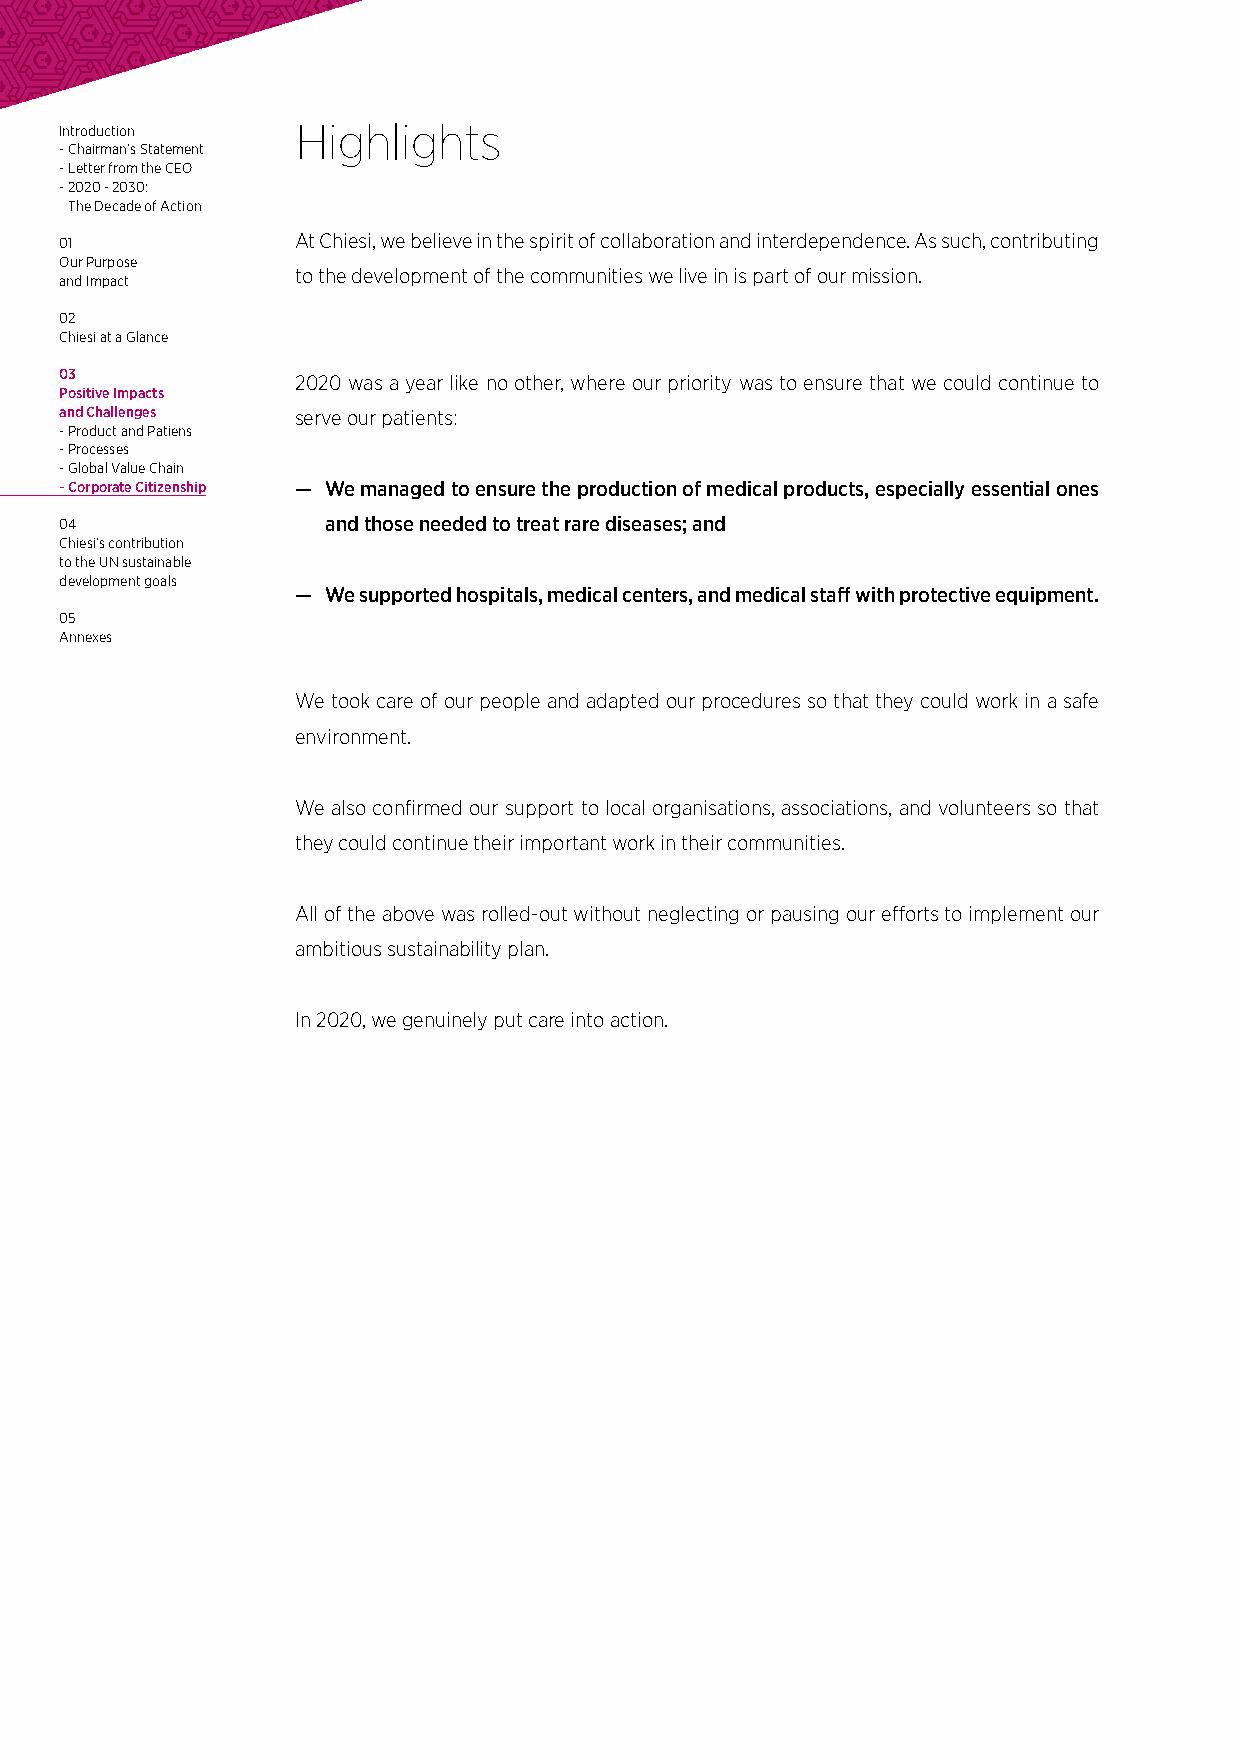
Introduction    Highlights
 - Chairman’s Statement
 - Letter from the CEO
 - 2020 - 2030:
 The Decade of Action
 01              At Chiesi, we believe in the spirit of collaboration and interdependence. As such, contributing
 Our Purpose
 to the development of the communities we live in is part of our mission.
 and Impact
 02
 Chiesi at a Glance
 03              2020 was a year like no other, where our priority was to ensure that we could continue to
 Positive Impacts
 and Challenges  serve our patients:
 - Product and Patiens
 - Processes
 - Global Value Chain
 - Corporate Citizenship — We managed to ensure the production of medical products, especially essential ones
 04                and those needed to treat rare diseases; and
 Chiesi’s contribution
 to the UN sustainable
 development goals
 — We supported hospitals, medical centers, and medical staff with protective equipment.
 05
 Annexes
 We took care of our people and adapted our procedures so that they could work in a safe
 environment.
 We also confirmed our support to local organisations, associations, and volunteers so that
 they could continue their important work in their communities.
 All of the above was rolled-out without neglecting or pausing our efforts to implement our
 ambitious sustainability plan.
 In 2020, we genuinely put care into action.